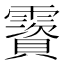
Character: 𩆃